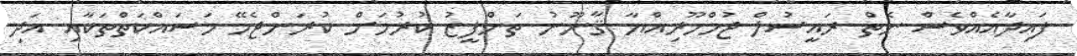
ފައިދާއެއްވެސް ނެތް ރައީސުލް ޖުމްހޫރިއްޔާ ޤާނޫނު ތަންފީޒު ކުރުމަށް ކުރަންޖެހޭ މަސައްކަތްތަކާއި އަދި